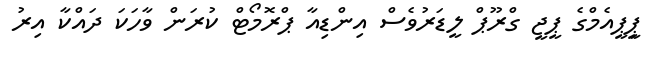
ޕީިިޕީއެމްގެ ޕީޖީ ގްރޫޕް ލީޑަރުވެސް އިންޑިއާ ޕްރޮމޯޓް ކުރަން ވާހަކަ ދައްކާ އިރު